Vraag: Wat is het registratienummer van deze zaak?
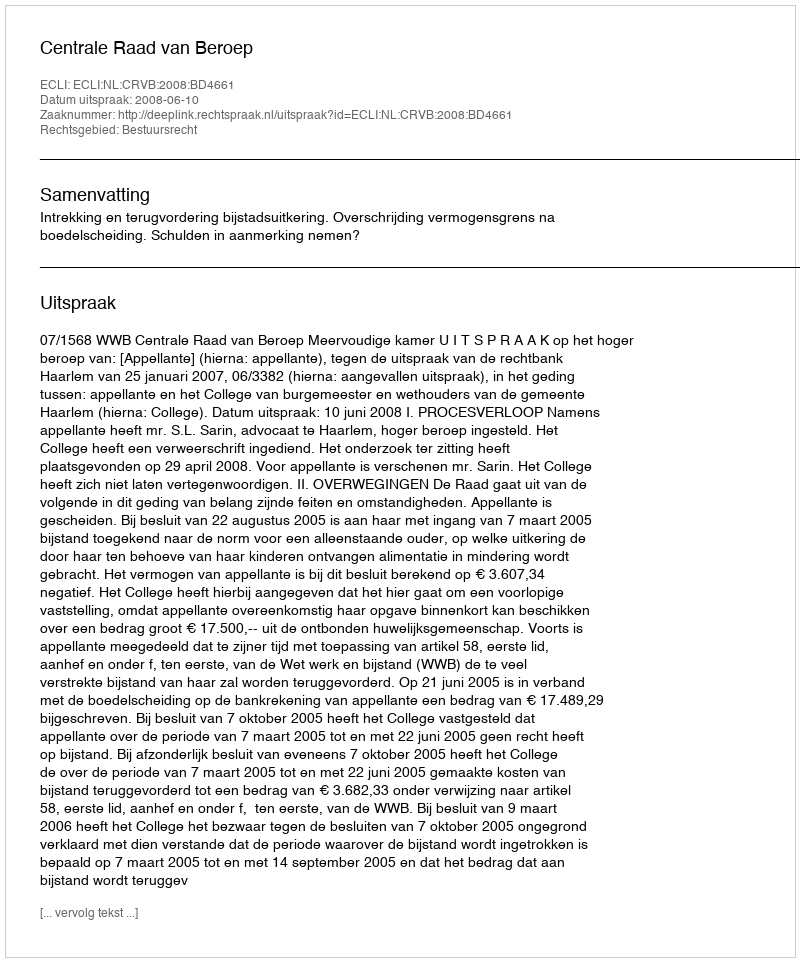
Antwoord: http://deeplink.rechtspraak.nl/uitspraak?id=ECLI:NL:CRVB:2008:BD4661